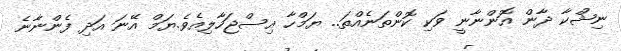
ނިޝްކާ ދާން އޮންނާނީ ވަކި ކޮންތަނެއްތަ.. ޔަމްހާ އިސްޖަހާލިއެވެ.ޔަމް އޭނަ އަދި ފެންނާނެ